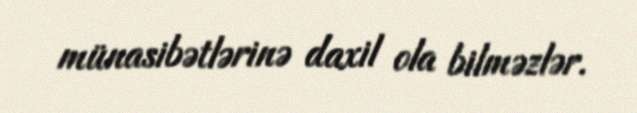
münasibətlərinə daxil ola bilməzlər.